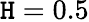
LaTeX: \mathtt{H}=0.5